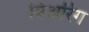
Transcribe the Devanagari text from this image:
विअरिंग